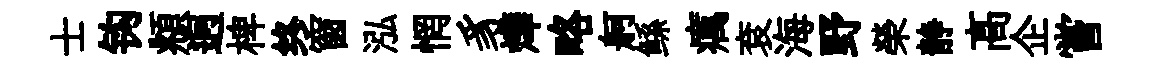
士钩頫迥椑终窗泓惘豸燁略舸鲧癘袞海野榮静髙企嘗